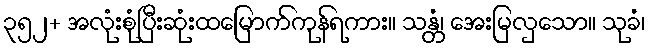
၃၅၂+ အလုံးစုံပြီးဆုံးထမြောက်ကုန်ရကား။ သန္တံ၊ အေးမြလှသော။ သုခံ၊